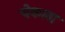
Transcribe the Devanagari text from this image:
चेकला